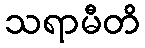
သရာမီတိ